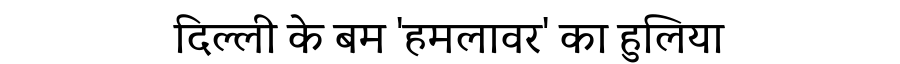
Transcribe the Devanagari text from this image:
दिल्ली के बम 'हमलावर' का हुलिया